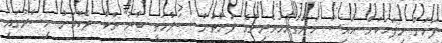
ފަހުން މިފަހަކަށް އައިސް ހަންގުރާމަވެރިންގެ ފަރާތުން ސަލާމަތީ ބާރު ތަކާ ދެކޮޅަށް މިސްރުގައި